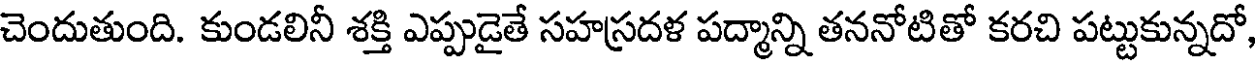
చెందుతుంది. కుండలినీ శక్తి ఎప్పుడైతే సహస్రదళ పద్మాన్ని తననోటితో కరచి పట్టుకున్నదో,